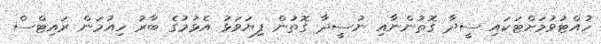
ހުއްޓުވުމަށްޓަކައި ސީދާ ގޮތުންނާއި ނުސީދާ ގޮތުން ފިޔަވަޅު އެޅުމުގެ ބާރު ހިއުމަން ރައިޓްސް